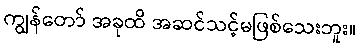
ကျွန်တော် အခုထိ အဆင်သင့်မဖြစ်သေးဘူး။